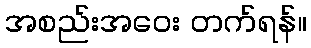
အစည်းအဝေး တက်ရန်။